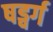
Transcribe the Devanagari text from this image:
षड्वर्ग